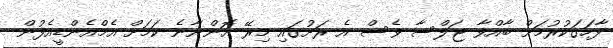
ފާހަގަކުރުމަށް ބާއްވާ ޖަލްސާ ވެސް އެ ރަށުގައި މިރޭ އޮންނާނެ ކަމަށް އެމްއެންޑީއެފުން